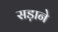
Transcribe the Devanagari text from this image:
सड़ाने